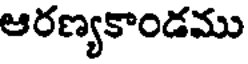
ఆరణ్యకాండము